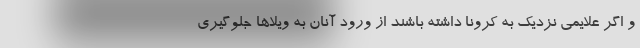
و اگر علایمی نزدیک به کرونا داشته باشند از ورود آنان به ویلاها جلوگیری